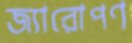
জ্যারোপণ